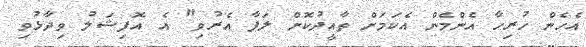
އެހެން ހުރިހާ އެންމެން އެކަމަށް ތާއީދުކޮށް ލަފާ އެރުވި" އެ އޮފިޝަލު ވިދާޅުވި